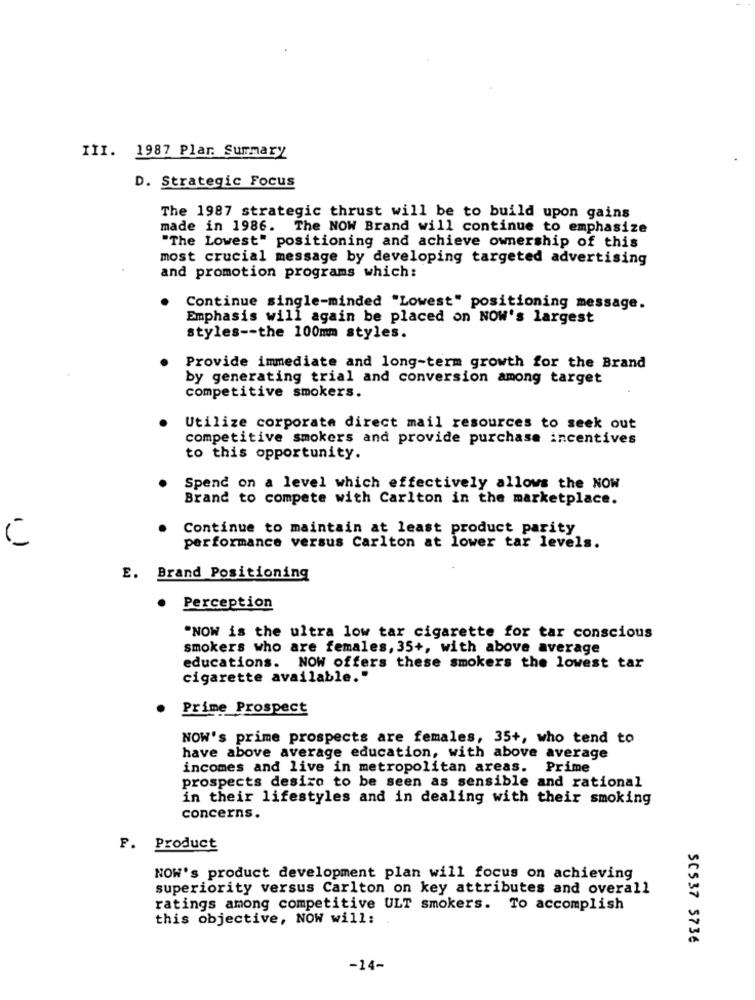
III. 1987 Plar. Summary
D. Strategic Focus
The 1987 strategic thrust will be to build upon gains
made in 1986.
The NOW Brand will continue to emphasize
"The Lowest" positioning and achieve ownership of this
most crucial message by developing targeted advertising
and promotion programs which:
Continue single-minded "Lowest" positioning message.
Emphasis will again be placed on NOW's largest
styles -- the 100mm styles.
Provide immediate and long-term growth for the Brand
by generating trial and conversion among target
competitive smokers.
Utilize corporate direct mail resources to seek out
competitive smokers and provide purchase incentives
to this opportunity.
Spend on a level which effectively allows the NOW
Brand to compete with Carlton in the marketplace.
Continue to maintain at least product parity
performance versus Carlton at lower tar levels.
E. Brand Positioning
Perception
"NOW is the ultra low tar cigarette for tar conscious
smokers who are females, 35+, with above average
educations. NOW offers these smokers the lowest tar
cigarette available."
Prime Prospect
NOW's prime prospects are females, 35+, who tend to
have above average education, with above average
incomes and live in metropolitan areas. Prime
prospects desizo to be seen as sensible and rational
in their lifestyles and in dealing with their smoking
concerns.
F. Product
NOW's product development plan will focus on achieving
superiority versus Carlton on key attributes and overall
ratings among competitive ULT smokers. To accomplish
this objective, NOW will :.
SC537 5736
-14-